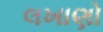
લખાણો